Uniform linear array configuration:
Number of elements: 32
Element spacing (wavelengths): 1
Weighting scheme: binomial
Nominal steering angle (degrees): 30
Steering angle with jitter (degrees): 31.582
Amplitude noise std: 0.05
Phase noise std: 0.05

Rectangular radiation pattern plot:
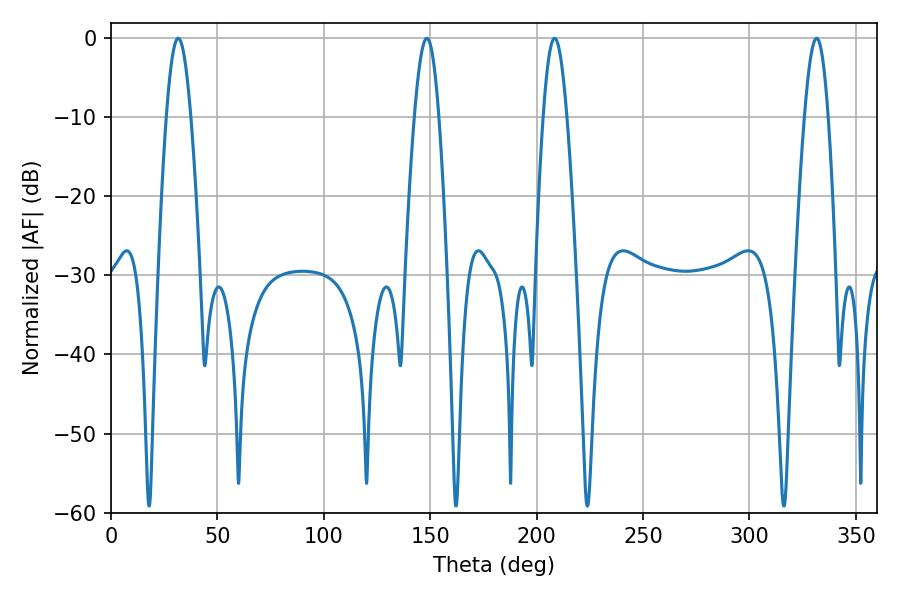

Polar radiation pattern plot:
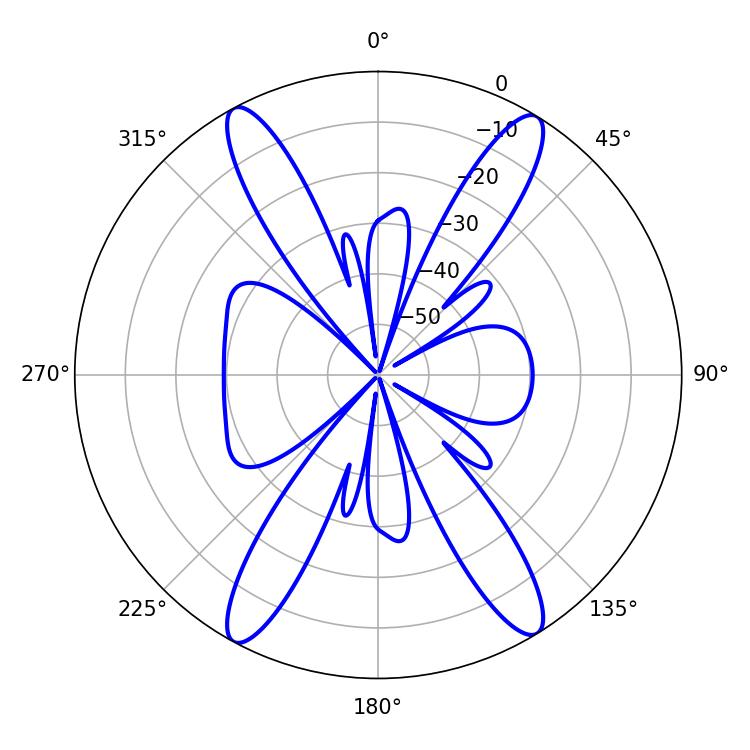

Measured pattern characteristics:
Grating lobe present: TRUE
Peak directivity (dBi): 21.652
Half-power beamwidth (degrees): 5.94
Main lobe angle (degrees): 331.56